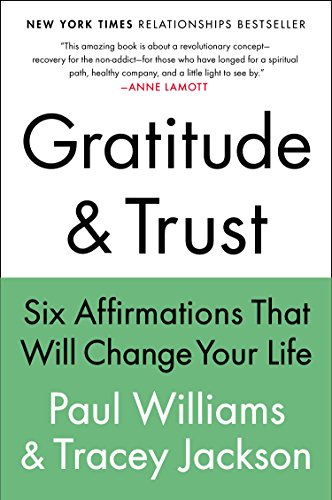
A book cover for Gratitude and Trust: Six Affirmations That Will Change Your Life; Paul Williams; Self-Help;